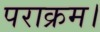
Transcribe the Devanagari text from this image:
पराक्रम।